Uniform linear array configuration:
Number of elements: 48
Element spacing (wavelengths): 0.75
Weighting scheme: exponential
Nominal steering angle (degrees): -60
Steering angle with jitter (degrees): -61.667
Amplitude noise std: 0.05
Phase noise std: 0.05

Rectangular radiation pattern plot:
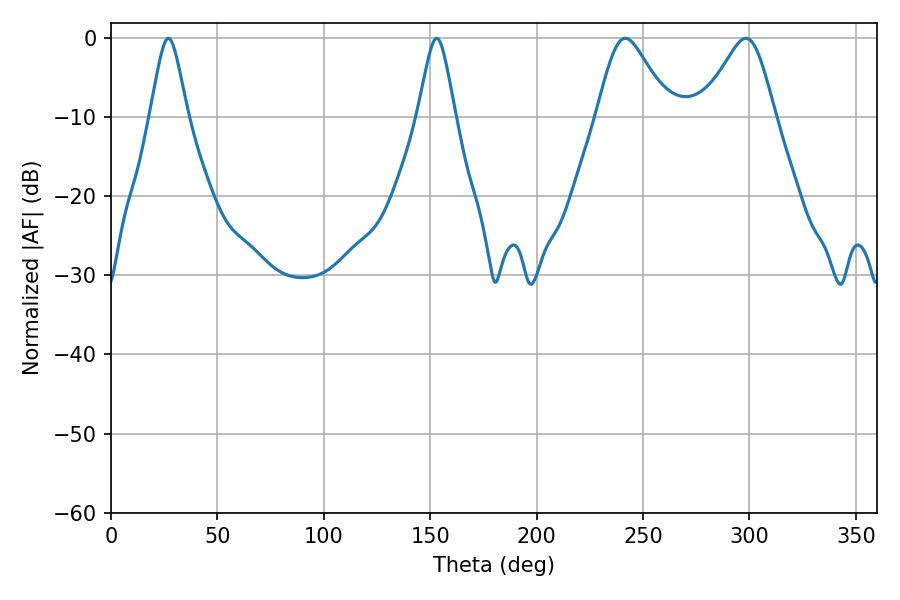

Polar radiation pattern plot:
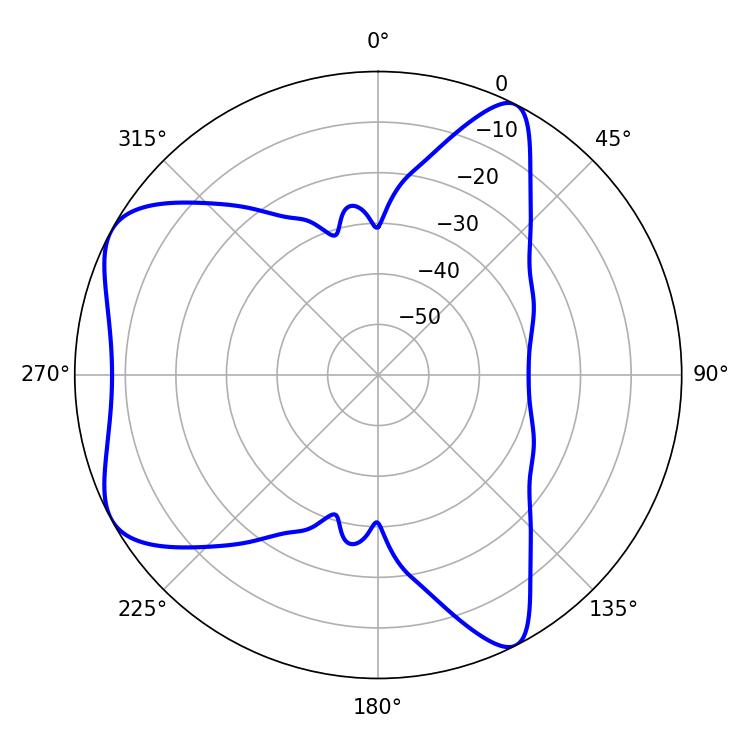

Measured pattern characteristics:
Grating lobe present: TRUE
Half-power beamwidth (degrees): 8.46
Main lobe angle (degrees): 27